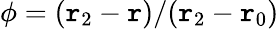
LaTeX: \phi=(\mathtt{r}_{2}-\mathtt{r})/(\mathtt{r}_{2}-\mathtt{r}_{0})